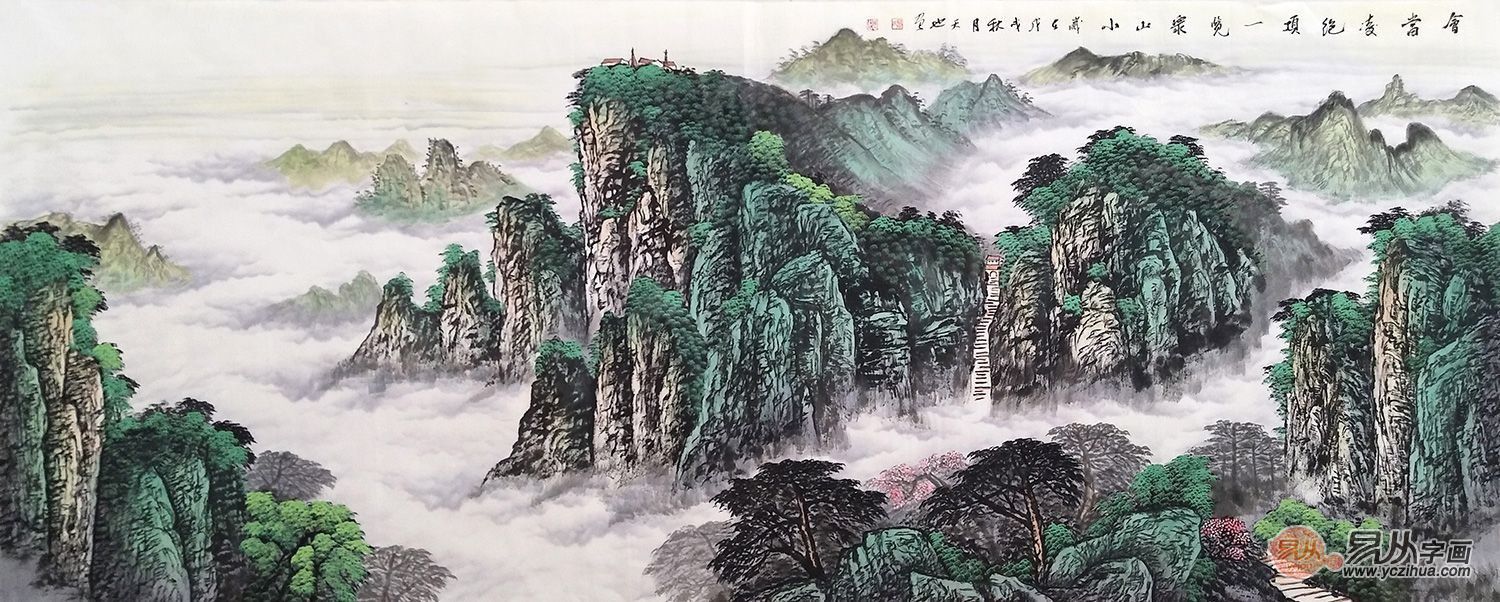
会当凌绝顶，一览众山小。